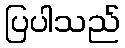
ပြပါသည်